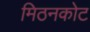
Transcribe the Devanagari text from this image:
मिठनकोट